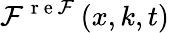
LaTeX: \mathcal{F}^{\mathrm{{~r~e~\mathcal{F}~}}}(x,k,t)